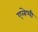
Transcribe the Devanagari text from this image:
एलेप्पी